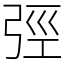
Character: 弳